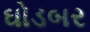
ઘોડબર